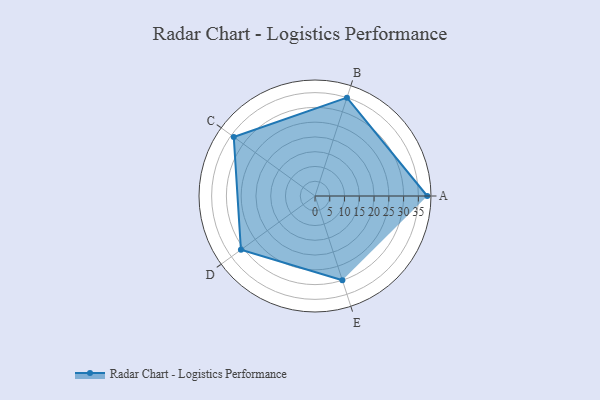
{"axis": {"x": "Skill", "y": "Score"}, "legend": ["Profile"], "data": [{"x": "A", "y": 38.0, "type": "Profile"}, {"x": "B", "y": 35.0, "type": "Profile"}, {"x": "C", "y": 34.0, "type": "Profile"}, {"x": "D", "y": 31.0, "type": "Profile"}, {"x": "E", "y": 30.0, "type": "Profile"}]}